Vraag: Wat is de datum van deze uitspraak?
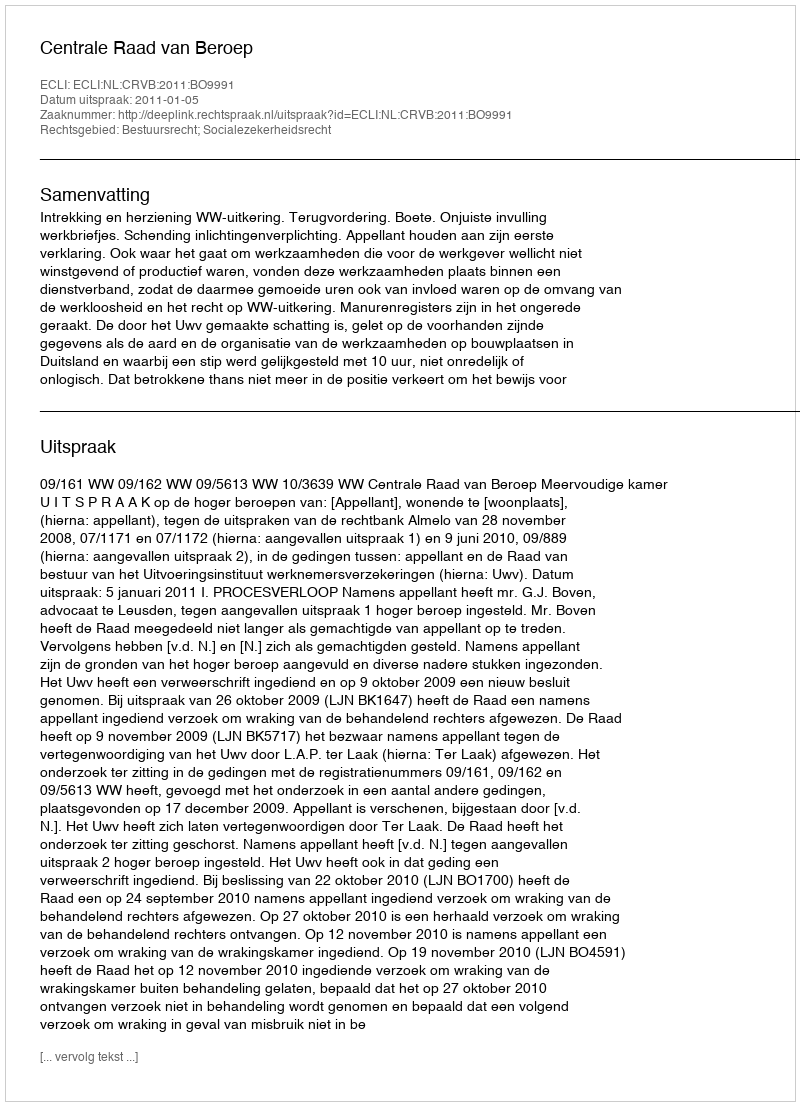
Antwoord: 2011-01-05